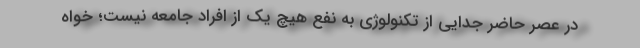
در عصر حاضر جدایی از تکنولوژی به نفع هیچ یک از افراد جامعه نیست؛ خواه